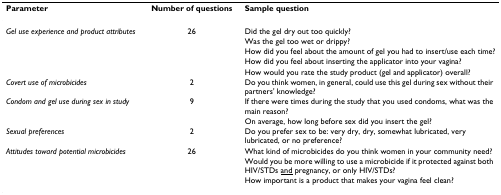
<table><thead><tr><td><b>Parameter</b></td><td><b>Number of questions</b></td><td><b>Sample question</b></td></tr></thead><tbody><tr><td><i>Gel use experience and product attributes</i></td><td>26</td><td>Did the gel dry out too quickly?</td></tr><tr><td></td><td></td><td>Was the gel too wet or drippy?</td></tr><tr><td></td><td></td><td>How did you feel about the amount of gel you had to insert/use each time?</td></tr><tr><td></td><td></td><td>How did you feel about inserting the applicator into your vagina?</td></tr><tr><td></td><td></td><td>How would you rate the study product (gel and applicator) overall?</td></tr><tr><td><i>Covert use of microbicides</i></td><td>2</td><td>Do you think women, in general, could use this gel during sex without their partners&#x27; knowledge?</td></tr><tr><td><i>Condom and gel use during sex in study</i></td><td>9</td><td>If there were times during the study that you used condoms, what was the main reason?</td></tr><tr><td></td><td></td><td>On average, how long before sex did you insert the gel?</td></tr><tr><td><i>Sexual preferences</i></td><td>2</td><td>Do you prefer sex to be: very dry, dry, somewhat lubricated, very lubricated, or no preference?</td></tr><tr><td><i>Attitudes toward potential microbicides</i></td><td>26</td><td>What kind of microbicides do you think women in your community need?</td></tr><tr><td></td><td></td><td>Would you be more willing to use a microbicide if it protected against both HIV/STDs <underline>and</underline> pregnancy, or only HIV/STDs?</td></tr><tr><td></td><td></td><td>How important is a product that makes your vagina feel clean?</td></tr></tbody></table>